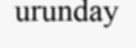
urunday